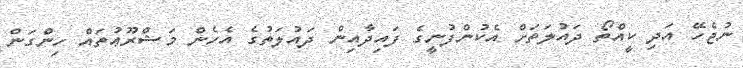
ނުޖެހޭ އަދި ކީއްތޯ ދައުލަތަށް އެކުންފުނީގެ ފައިދާއިން ދައުލަތުގެ އެހެން މަޝްރޫޢުތައް ހިންގަން